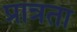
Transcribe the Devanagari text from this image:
प्रात्रता